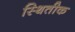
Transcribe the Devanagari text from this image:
स्थितीक